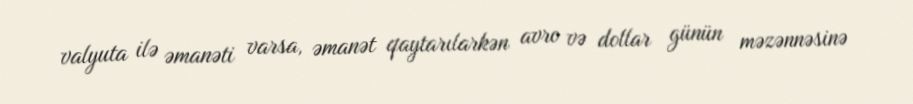
valyuta ilə əmanəti varsa, əmanət qaytarılarkən avro və dollar günün məzənnəsinə